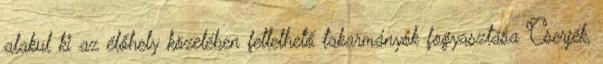
alakul ki az élőhely közelében fellelhető takarmányok fogyasztása Cserjék,